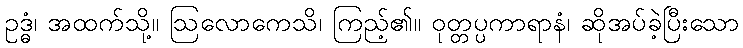
ဥဒ္ဓံ၊ အထက်သို့။ ဩလောကေသိ၊ ကြည့်၏။ ဝုတ္တပ္ပကာရာနံ၊ ဆိုအပ်ခဲ့ပြီးသော